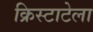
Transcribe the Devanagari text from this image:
क्रिस्टाटेला